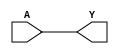
module BUF(A, Y);
  input A;
  output Y;
  assign #1 Y =  A;
endmodule

module NOT(A, Y);
  input A;
  output Y;
  assign #1 Y = ~A;
endmodule

module NAND(A, B, Y);
  input A, B;
  output Y;
  assign #2 Y = ~(A & B);
endmodule

module NOR(A, B, Y);
  input A, B;
  output Y;
  assign #2 Y = ~(A | B);
endmodule

module DFF(C, D, Q);
  input C, D; 
  output reg Q;
  always @(posedge C) #4 Q <=  D;
endmodule